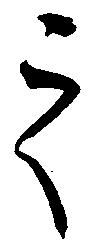
之